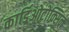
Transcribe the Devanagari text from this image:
कार्डिओटोक्सिन